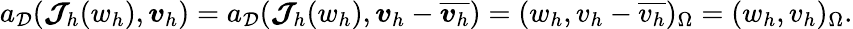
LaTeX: a_{\mathcal{D}}(\boldsymbol{\mathcal{J}}_{h}(w_{h}),\boldsymbol{v}_{h})=a_{\mathcal{D}}(\boldsymbol{\mathcal{J}}_{h}(w_{h}),\boldsymbol{v}_{h}-\overline{{\boldsymbol{v}_{h}}})=(w_{h},v_{h}-\overline{{v_{h}}})_{\Omega}=(w_{h},v_{h})_{\Omega}.